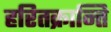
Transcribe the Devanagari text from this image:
हरितक्रान्ति